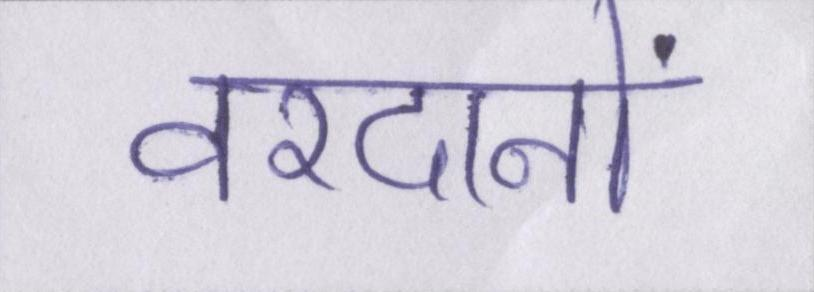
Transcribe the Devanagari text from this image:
वरदानों